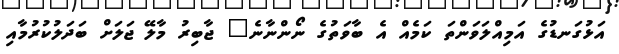
އަޅުގަނޑުގެ އަމިއްލަވަންތަ ކަމެއް އެ ބާވަތުގެ ނޯންނާނެ" ޖާބިރު މާލޭ ޖަލަށް ބަދަލުކުރުމާއި